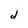
Character: d